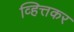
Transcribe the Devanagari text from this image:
व्हित्तकर